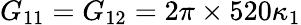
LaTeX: G_{11}=G_{12}=2\pi\times 520\kappa_{1}